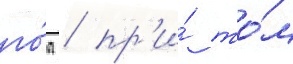
го́д / пр'и́ то́м